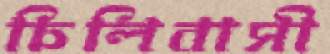
চিলিবাসী